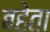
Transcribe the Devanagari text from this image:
बहेता